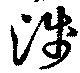
浅